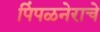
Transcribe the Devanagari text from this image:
पिंपळनेराचे